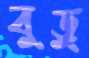
বুড়ু